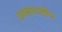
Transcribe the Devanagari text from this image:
ऊष्मागतीय